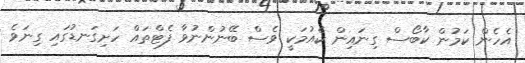
އެހެން ކަމުން ކާބޯސް ގިނައިން ކެއުމަކީ ވެސް ބޭނުންނުވާ ފެޓްތައް ހަށިގަނޑުގައި ގިނަވެ